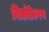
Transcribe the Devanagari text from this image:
निर्धारीकरण